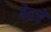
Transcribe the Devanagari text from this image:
बेंचचे